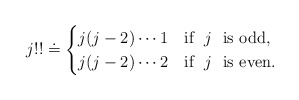
\begin{align*}j !! \doteq \begin{cases} j(j-2)\cdots 1 & \mbox{if} \ \ j \ \ \mbox{is odd}, \\ j(j-2)\cdots 2 & \mbox{if} \ \ j \ \ \mbox{is even}. \end{cases}\end{align*}